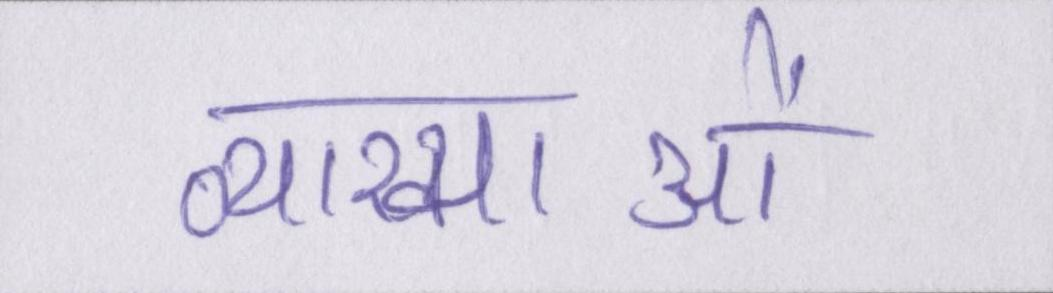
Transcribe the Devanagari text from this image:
व्याख्याओं